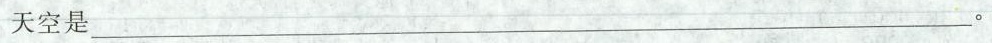
天空是___。